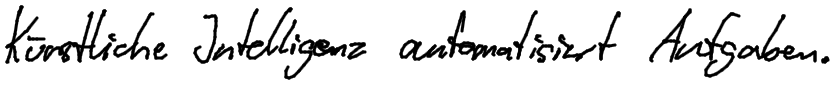
Künstliche Intelligenz automatisiert Aufgaben.